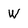
Character: W